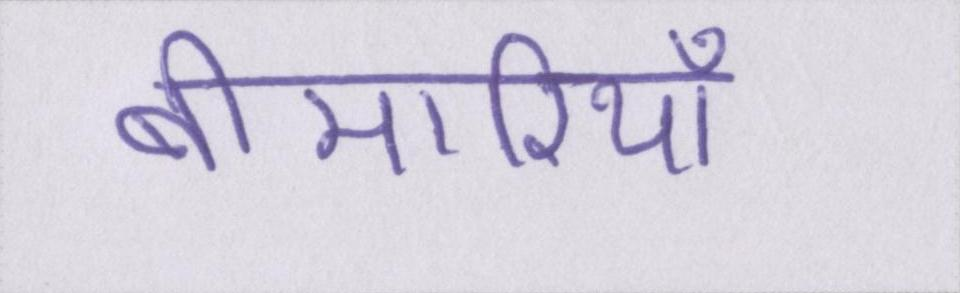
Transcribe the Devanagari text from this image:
बीमारियाँ